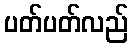
ပတ်ပတ်လည်